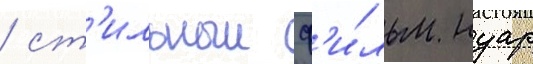
/ ст'ильныи ф'и́льм нуар